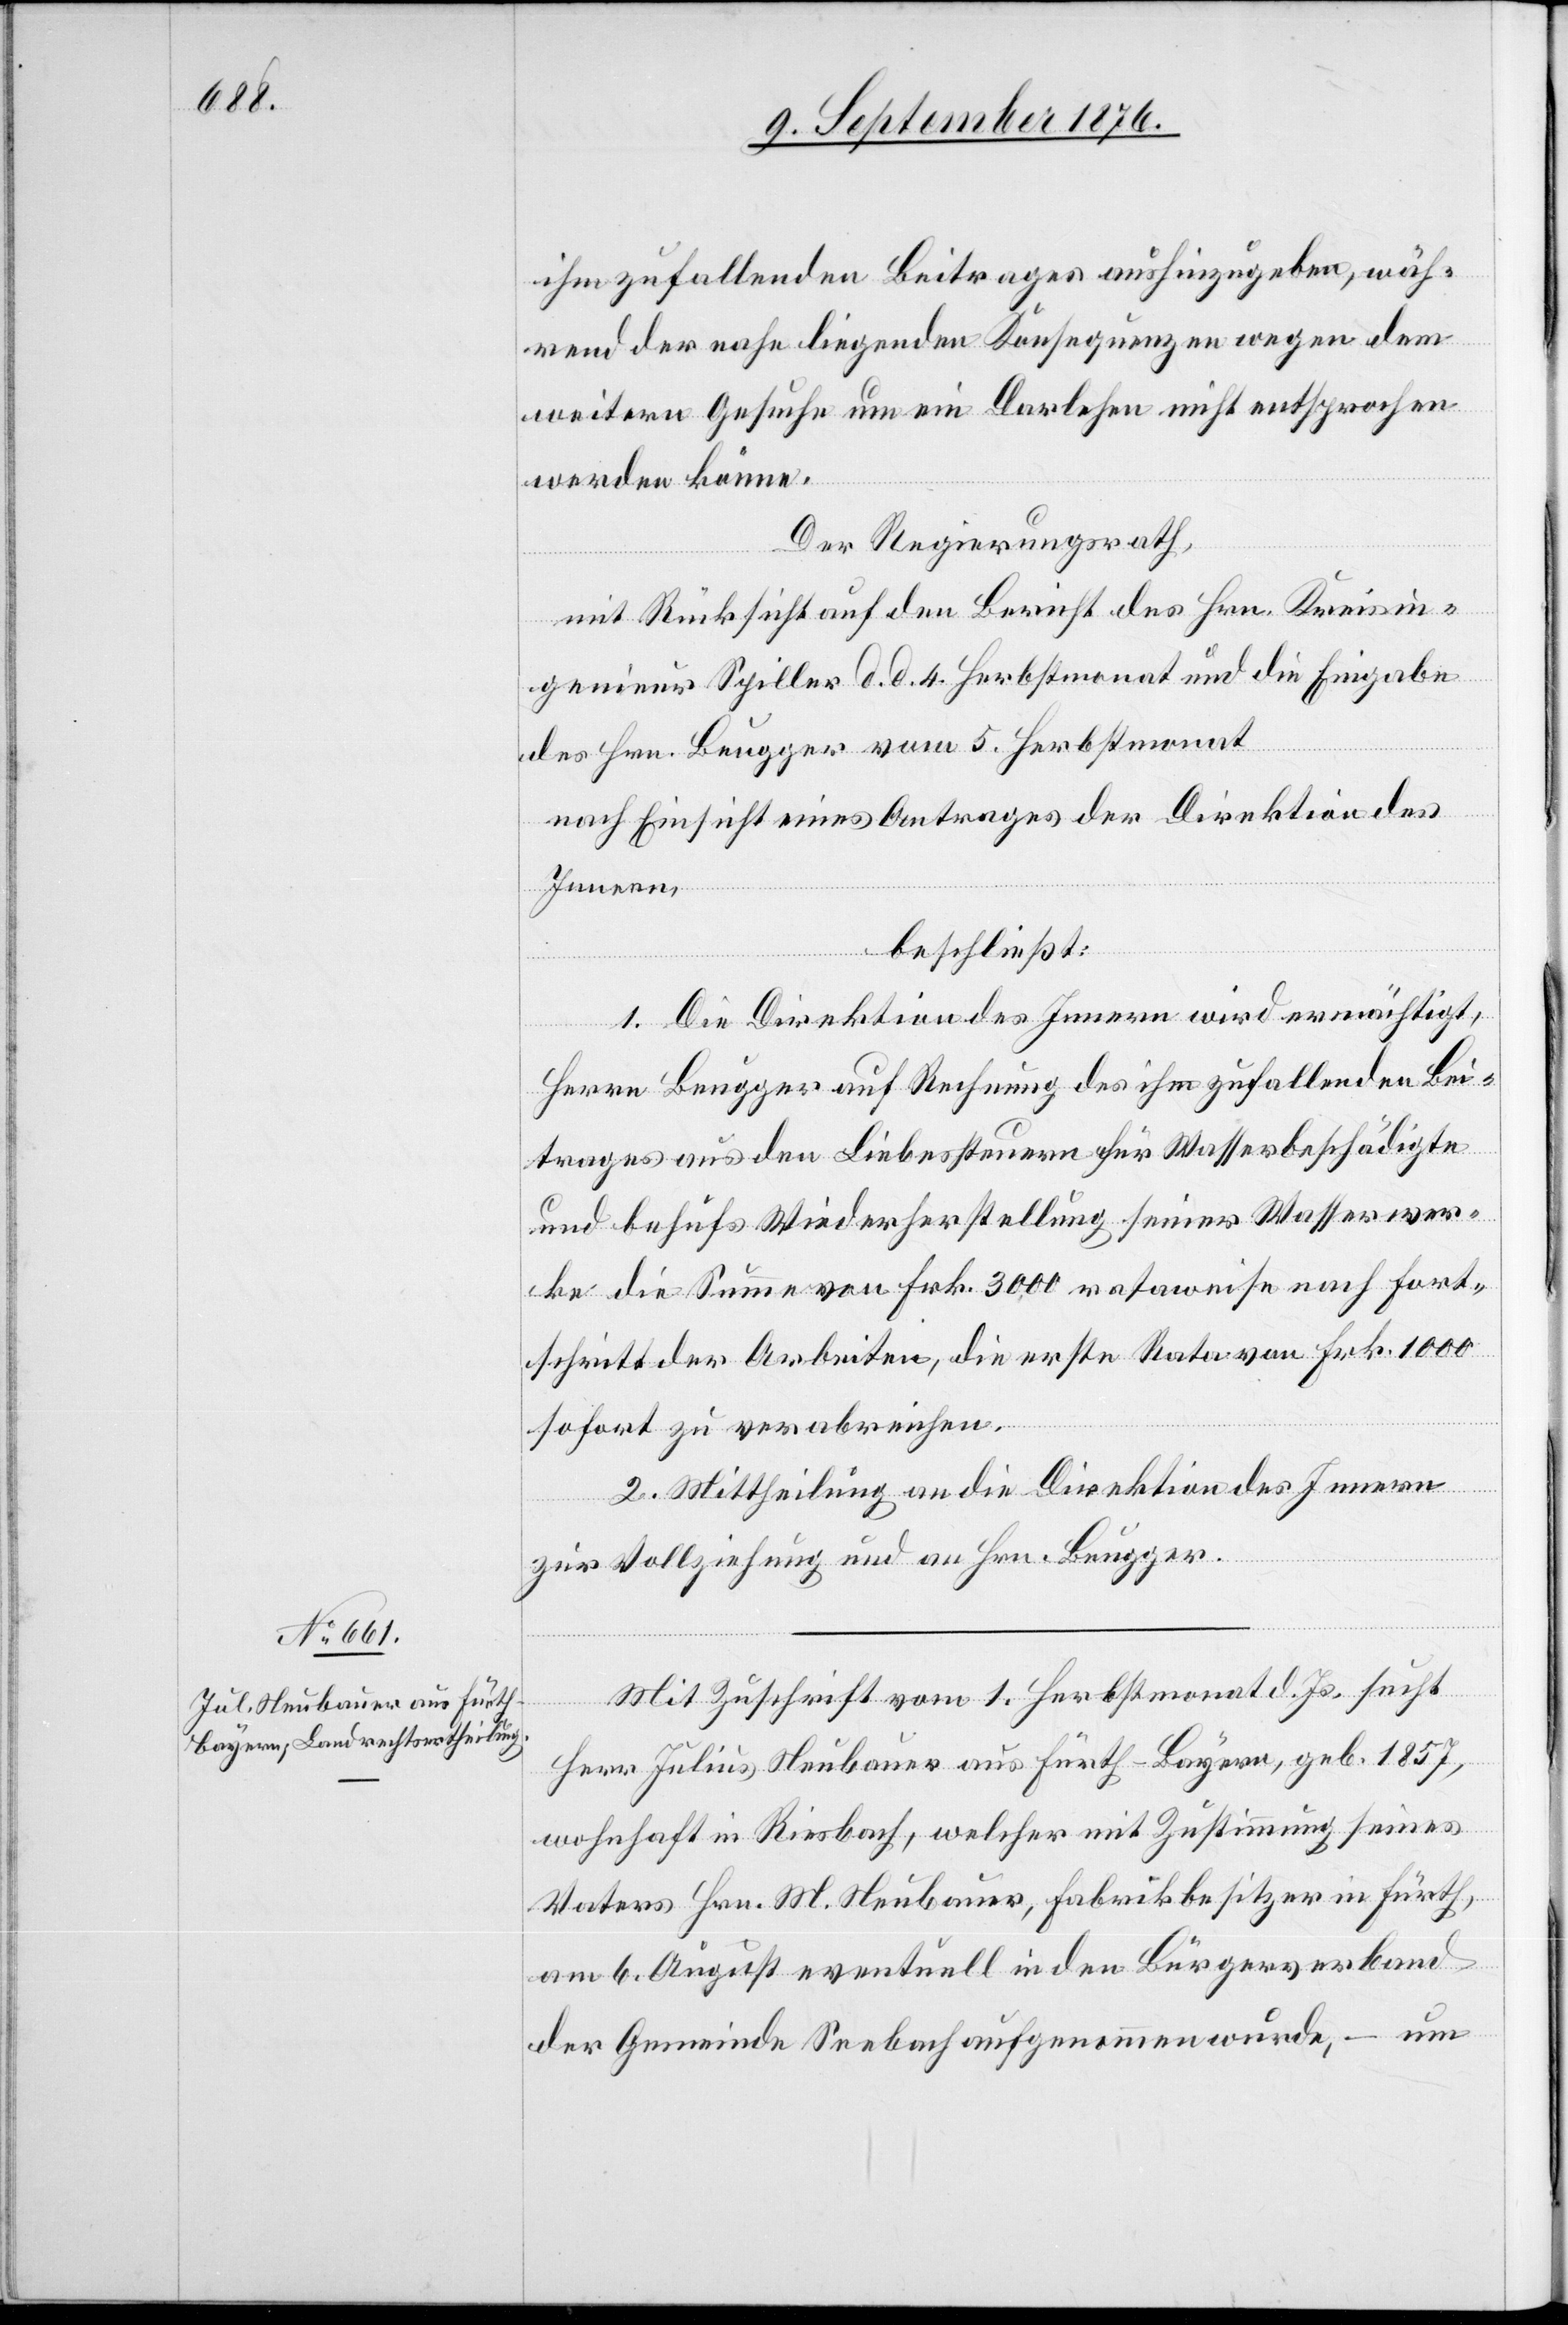
ihm zufallenden Beitrages aushinzugeben, wäh¬
rend der nahe liegenden Konferenzen wegen dem
weitern Gesuche um ein Darlehen nicht entsprochen
werden könne.
Der Regierungsrath,
mit Rücksicht auf den Bericht des Hrn. Kreisin¬
genieur Spiller d. d. 4. Herbstmonat und die Eingabe
des Hrn. Beugger vom 5. Herbstmonat
nach Einsicht eines Antrages der Direktion des
Innern,
beschließt:
1. Die Direktion des Innern wird ermächtigt,
Herrn Beugger auf Rechnung des ihm zufallenden Bei¬
trages aus den Liebessteuern für Wasserbeschädigte
und behufs Wiederherstellung seiner Wasserwer¬
ke die Summe von Frk. 3000 rataweise nach Fort¬
schritt der Arbeiten, die erste Rata von Frk. 1000
sofort zu verabreichen.
2. Mittheilung an die Direktion des Innern
zur Vollziehung und an Hrn. Beugger.
Mit Zuschrift vom 1. Herbstmonat d. Js. sucht
Herr Julius Neubauer aus Fürth - Bayern, geb. 1875,
wohnhaft in Riesbach, welcher mit Zustimmung seines
Vaters Hrn. M. Neubauer, Fabrikbesitzer in Fürth,
am 6. August eventuell in den Bürgerverband
der Gemeinde Seebach aufgenommen wurde, – um